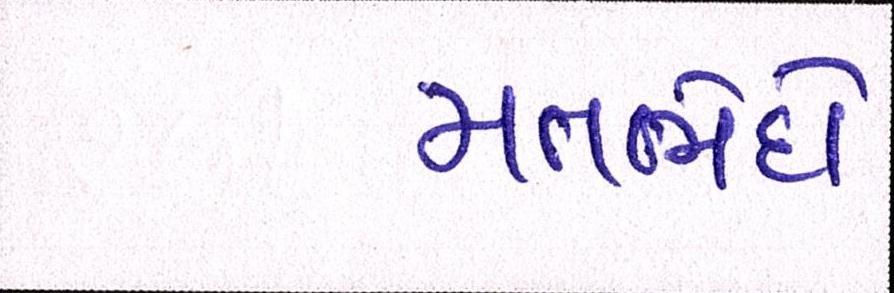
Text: મતભેદો